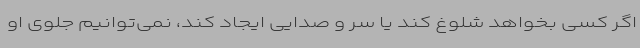
اگر کسی بخواهد شلوغ کند یا سر و صدایی ایجاد کند، نمی‌توانیم جلوی او